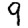
Digit: 9